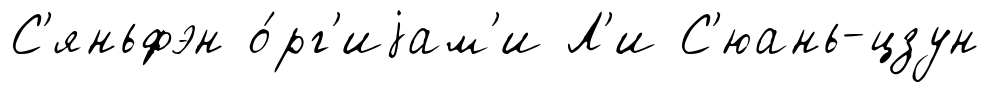
С'яньфэн о́рг'иjам'и Л'и С'юань-цзун